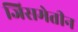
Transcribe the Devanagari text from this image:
जिसमेतीन